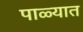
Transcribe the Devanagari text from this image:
पाळ्यात